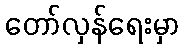
တော်လှန်ရေးမှာ